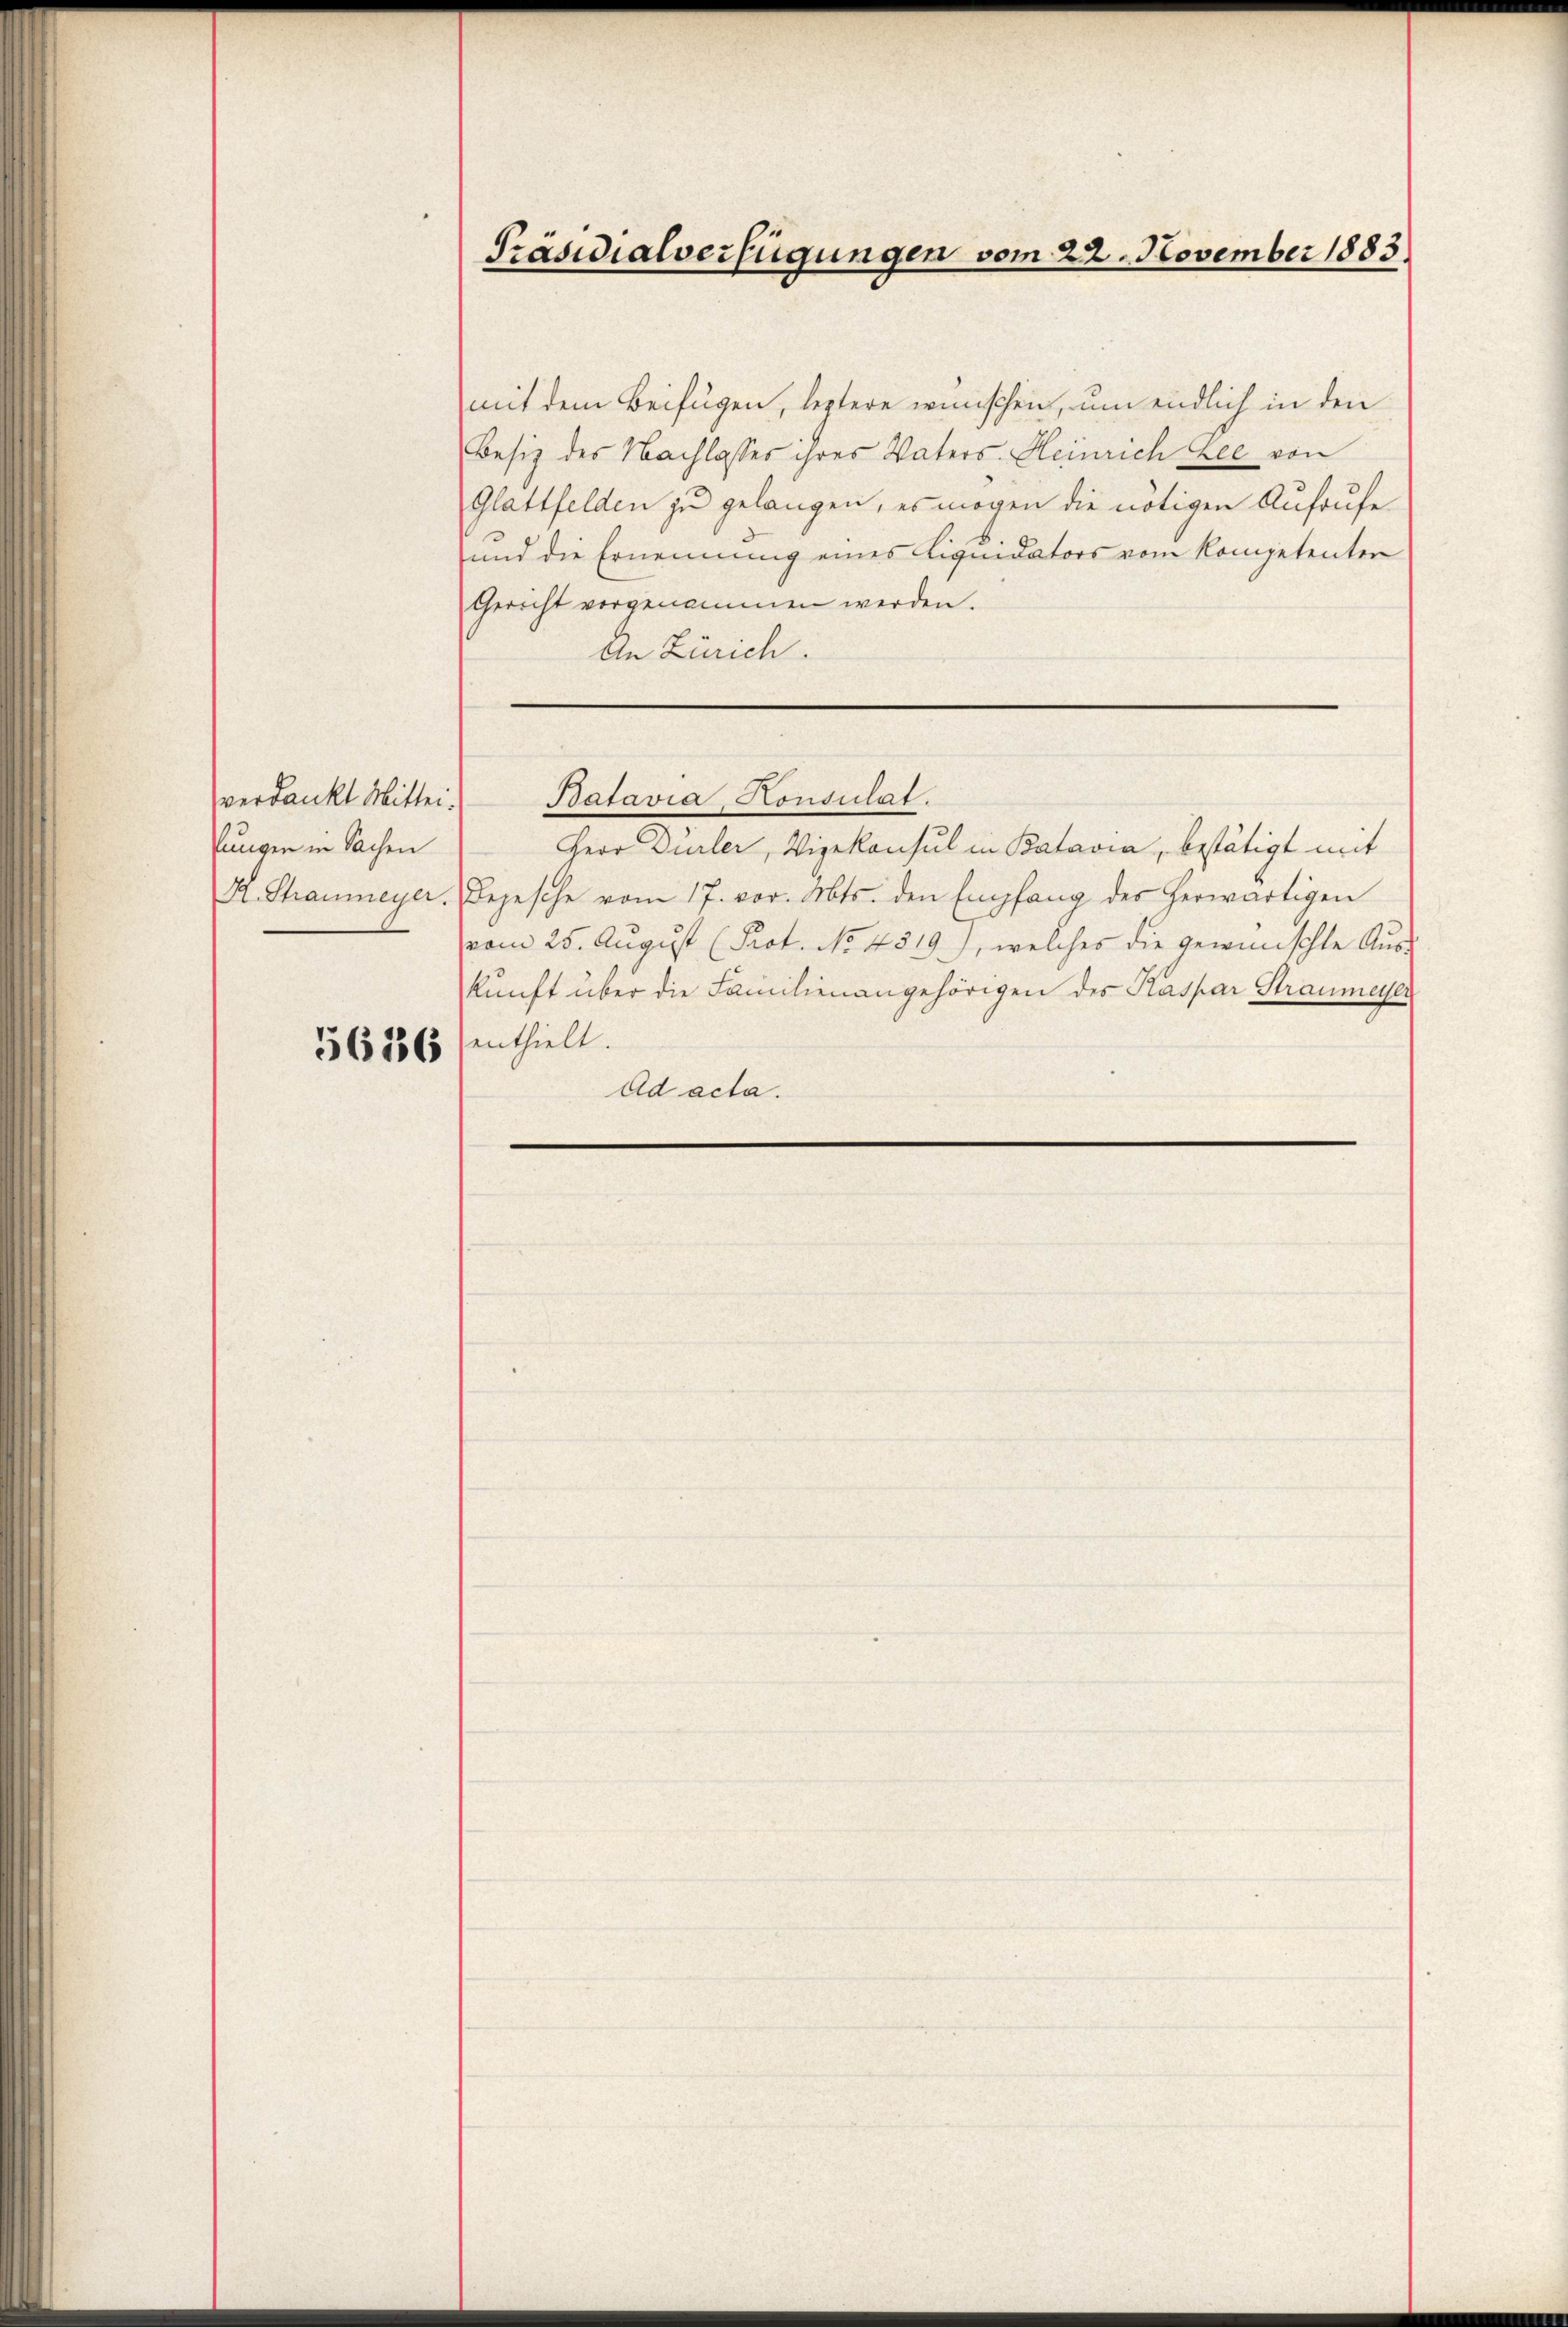
verdankt Mittei-
Pungen in Sachen

5656

Präsidialverfügungen vom 22. November 1883.

mit dem Beifügen, leztere wünschen, um endlich in den
Besiz des Nachlasses ihres Vaters. Heinrich Lee von
Glattfelden zu gelangen, es mögen die nötigen Aufrufe
und die Ernennung eines Liquidators vom Kompetenten
Gericht vorgenommen werden.
An Zürich.
Batavia, Honsulat.
Herr Dürler, Vizekonsul in Batavia, bestätigt mit
K. Straumeyer, Bojesche vom 17. vor. Mts. den Empfang des herwärtigen
vom 25. August (Prot. No 4319), welches die gewünschte Auskŭnft über die Familienangehörigen des Kaspar Straumeyer
enthielt.
Ad acta.